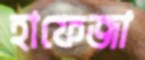
হাফেজা